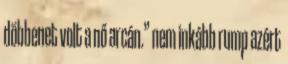
döbbenet volt a nő arcán.” nem inkább rump azért